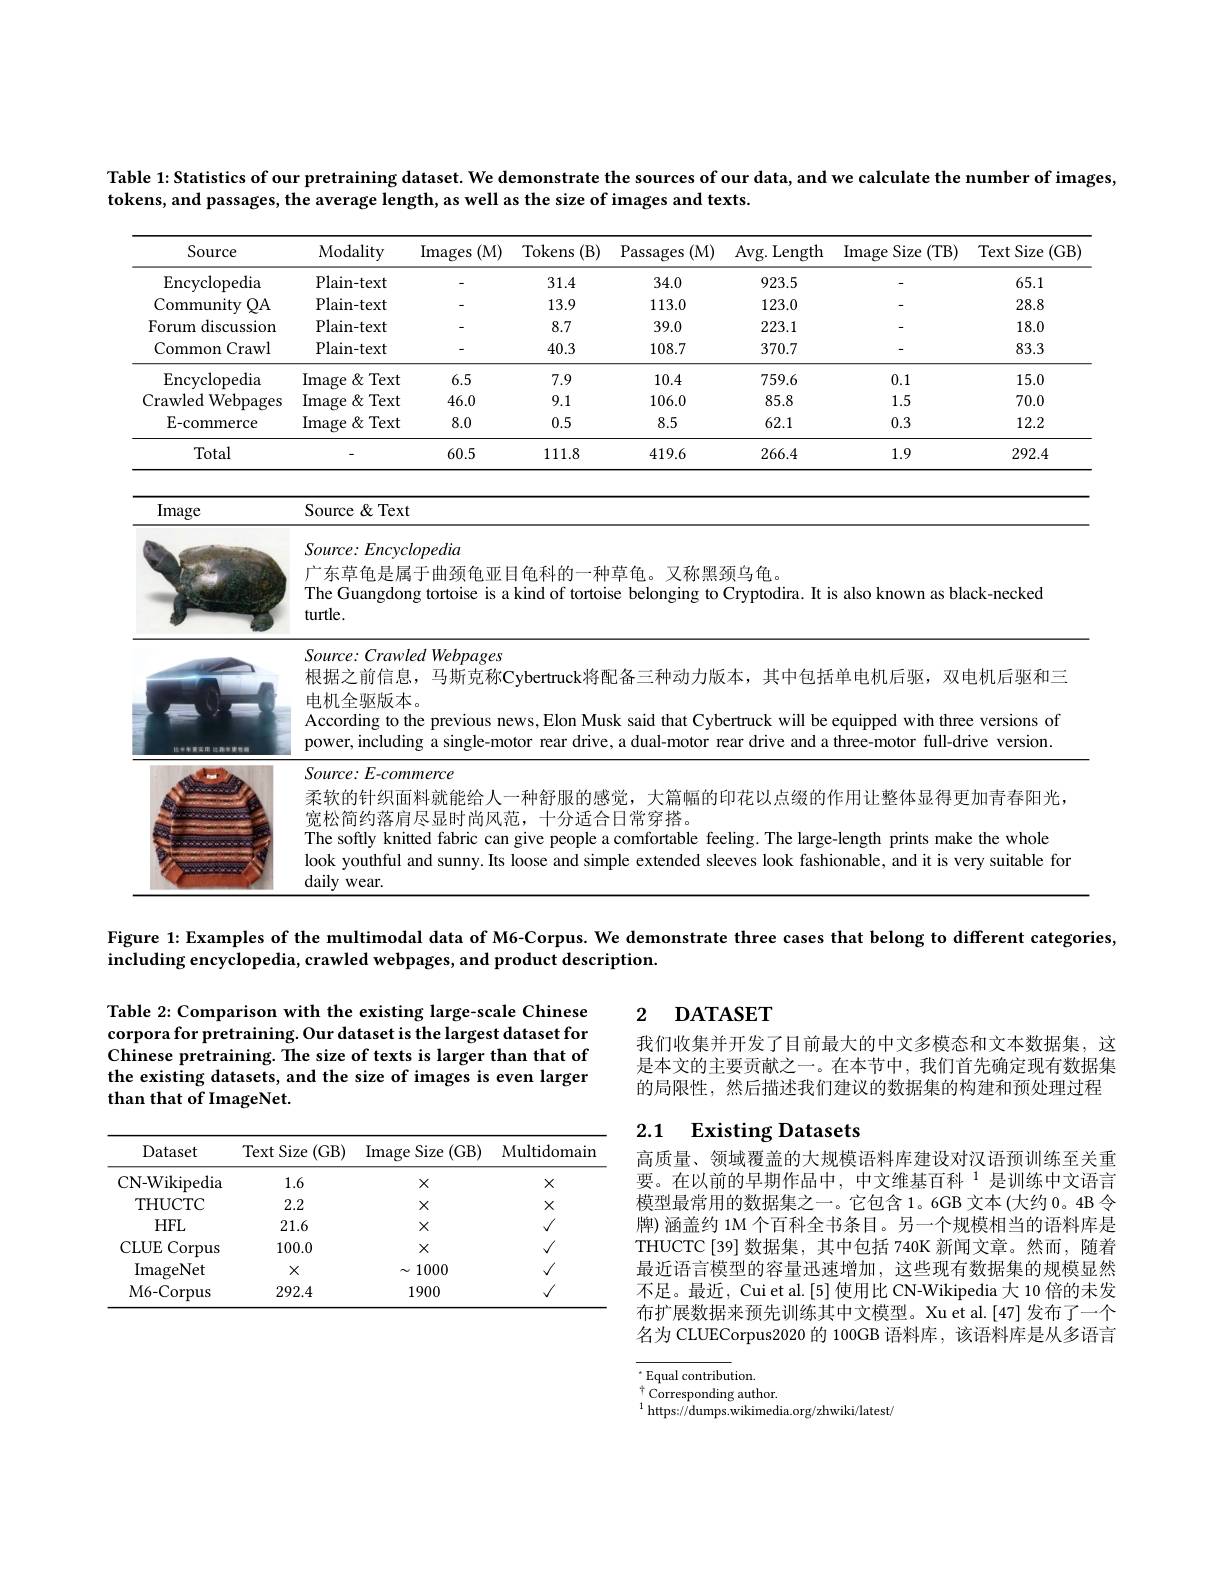
Table 1: Statistics of our pretraining dataset. We demonstrate the sources of our data, and we calculate the number of images,
tokens, and passages, the average length, as well as the size of images and texts.

<table>
	<tbody>
		<tr>
			<th>Source</th>
			<th>Modality</th>
			<th>Images (M)</th>
			<th>Tokens (B)</th>
			<th>Passages (M)</th>
			<th>Avg. Length</th>
			<th>Image S Size (TB)</th>
			<th>TextS Size $(\mathrm{GB}_{.}^{\cdot}$</th>
		</tr>
		<tr>
			<td>Encyclopedia</td>
			<td>Plain- text</td>
			<td> </td>
			<td>31.4</td>
			<td>34.0</td>
			<td>923.5</td>
			<td> </td>
			<td>65.1</td>
		</tr>
		<tr>
			<td>Community $QA$</td>
			<td>Plain- text</td>
			<td> </td>
			<td>13.9</td>
			<td>113.0</td>
			<td>123.0</td>
			<td> </td>
			<td>28.8</td>
		</tr>
		<tr>
			<td>Forum discussion</td>
			<td>Plain- text</td>
			<td> </td>
			<td>8.7</td>
			<td>39.0</td>
			<td>223.1</td>
			<td> </td>
			<td>18.0</td>
		</tr>
		<tr>
			<td>Common ${\mathrm{rawl}}$</td>
			<td>Plain- text</td>
			<td> </td>
			<td>40.3</td>
			<td>108.7</td>
			<td>370.7</td>
			<td> </td>
			<td>83.3</td>
		</tr>
		<tr>
			<td>Encyclopedia</td>
			<td>$\operatorname$ $\because\&$ Text $=\frac{1}{2}$</td>
			<td>6.5</td>
			<td>7.9</td>
			<td>10.4</td>
			<td>759.6</td>
			<td>0.1</td>
			<td>15.0</td>
		</tr>
		<tr>
			<td>Crawled Webpages</td>
			<td>Image :8 Text</td>
			<td>46.0</td>
			<td>9.1</td>
			<td>106.0</td>
			<td>85.8</td>
			<td>1.5</td>
			<td>70.0</td>
		</tr>
		<tr>
			<td>E-commerce</td>
			<td>Image $\&$Text</td>
			<td>8.0</td>
			<td>0.5</td>
			<td>8.5</td>
			<td>62.1</td>
			<td>0.3</td>
			<td>12.2</td>
		</tr>
		<tr>
			<td>Total</td>
			<td> </td>
			<td>60.5</td>
			<td>111.8</td>
			<td>419.6</td>
			<td>266.4</td>
			<td>1.9</td>
			<td>292.4</td>
		</tr>
	</tbody>
</table>
Source &Text
Image

<table>
	<tbody>
		<tr>
			<td> </td>
			<td>Source: Encyclopedia The Guangdong tortoise is a kind of tortoise belonging to Cryptodira. It is also known as black-necked 广东草龟是属于曲颈龟亚目龟科的一种草龟。又称黑颈乌龟。turtle.</td>
		</tr>
		<tr>
			<td> </td>
			<td>Source: Crawled Webpages 根据之前信息，马斯克称Cybertruck将配备三种动力版本，其中包括单电机后驱，双电机后驱和三</td>
		</tr>
		<tr>
			<td>北平平营出用 比路电话：</td>
			<td>According to the previous news, Elon Musk said that Cybertruck will be equipped with three versions of power, including a single-motor rear drive, a dual-motor rear drive and a three-motor full-drive version.</td>
		</tr>
		<tr>
			<td> </td>
			<td>柔软的针织面料就能给人一种舒服的感觉，大篇幅的印花以点缀的作用让整体显得更加青春阳光. 宽松简约落肩尽显时尚风范，十分适合日常穿搭。The softly knitted fabric can give people a comfortable feeling. The large-length prints make the whole look youthful and sunny. Its loose and simple extended sleeves look fashionable, and it is very suitable for daily wear</td>
		</tr>
	</tbody>
</table>

Figure 1{:}Examples of the multimodal data of M6-Corpus. We demonstrate three cases that belong to different categories,

including encyclopedia, crawled webpages, and product description.

### 2 $\textbf{DATASET}$

Table 2: Comparison with the existing large-scale Chinese corpora for pretraining. Our dataset is the largest dataset for Chinese pretraining. The size of texts is larger than that of the existing datasets, and the size of images is even larger than that of ImageNet.

我们收集并开发了目前最大的中文多模态和文本数据集，这是本文的主要贡献之一。在本节中，我们首先确定现有数据集的局限性，然后描述我们建议的数据集的构建和预处理过程

## 2.1 Existing Datasets

<table>
	<tbody>
		<tr>
			<th>Dataset</th>
			<th>Text Size (GB)</th>
			<th>Image Size (GB)</th>
			<th>Multidomain</th>
		</tr>
		<tr>
			<td>CN-Wikipedia</td>
			<td>1.6</td>
			<td>$X$</td>
			<td>$X$</td>
		</tr>
		<tr>
			<td>THUCTC</td>
			<td>2.2</td>
			<td>$X$</td>
			<td>$X$</td>
		</tr>
		<tr>
			<td>$HFL$</td>
			<td>21.6</td>
			<td>$X$</td>
			<td>$√$</td>
		</tr>
		<tr>
			<td>CLUE Corpus 1</td>
			<td>100.0</td>
			<td>$X$</td>
			<td>$√$</td>
		</tr>
		<tr>
			<td>ImageNet</td>
			<td>$X$</td>
			<td>$\sim1000$</td>
			<td>$√$</td>
		</tr>
		<tr>
			<td>M6- Corpus</td>
			<td>292.4</td>
			<td>1900</td>
			<td>$√$</td>
		</tr>
	</tbody>
</table>

高质量、领域覆盖的大规模语料库建设对汉语预训练至关重要。在以前的早期作品中，中文维基百科$^{1}$是训练中文语言模型最常用的数据集之一。它包含1。6GB 文本(大约0。4B 令牌) 涵盖约 1M 个百科全书条目。另一个规模相当的语料库是THUCTC[39]数据集，其中包括 740K 新闻文章。然而，随着最近语言模型的容量迅速增加，这些现有数据集的规模显然不足。最近，Cui et al.[5] 使用比 CN-Wikipedia 大 10 倍的未发布扩展数据来预先训练其中文模型。Xu et al.[47] 发布了一个名为 CLUECorpus2020 的 100GB 语料库，该语料库是从多语言

$^{\cdot}$Equal contribution.
$^{\dagger}$Corresponding author.
$^{1}$https://dumps.wikimedia.org/zhwiki/latest/